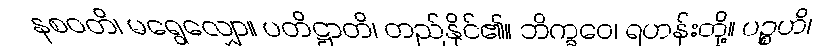
နစဝတိ၊ မရွေလျှော။ ပတိဋ္ဌာတိ၊ တည်နိုင်၏။ ဘိက္ခဝေ၊ ရဟန်းတို့။ ပဉ္စဟိ၊